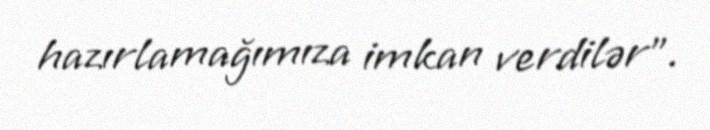
hazırlamağımıza imkan verdilər”.